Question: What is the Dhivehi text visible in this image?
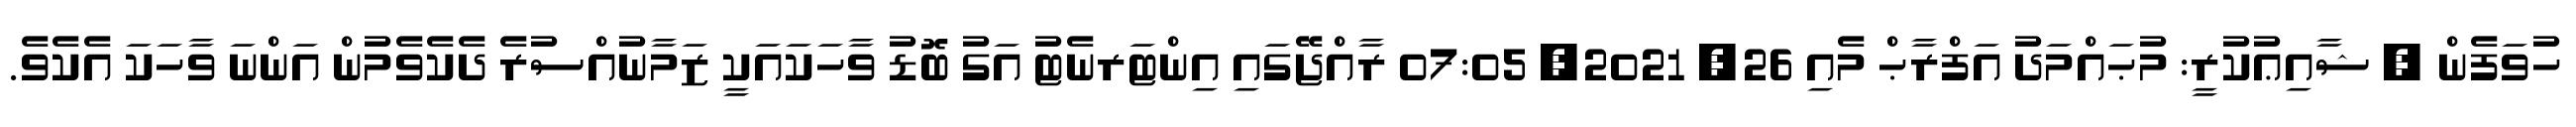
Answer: ހުވަފެން , ޝާއިޢުކުރީ: މުޙައްމަދު އަފްރާޙް މެއި 26, 2021, 07:05 ރާއްޖޭގައި އިންޓަރނެޓު އަގު ބޮޑު ވާހަކައަކީ ޒަމާނުއްސުރެ ދެކެވެމުން އަންނަ ވާހަކަ އެކެވެ.